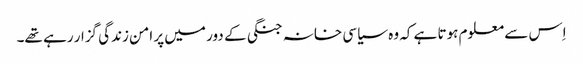
اِس سے معلوم ہوتا ہے کہ وہ سیاسی خانہ جنگی کے دور میں پر امن زندگی گزار رہے تھے۔